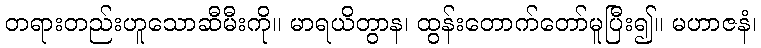
တရားတည်းဟူသောဆီမီးကို။ မာရယိတွာန၊ ထွန်းတောက်တော်မူပြီး၍။ မဟာဇနံ၊